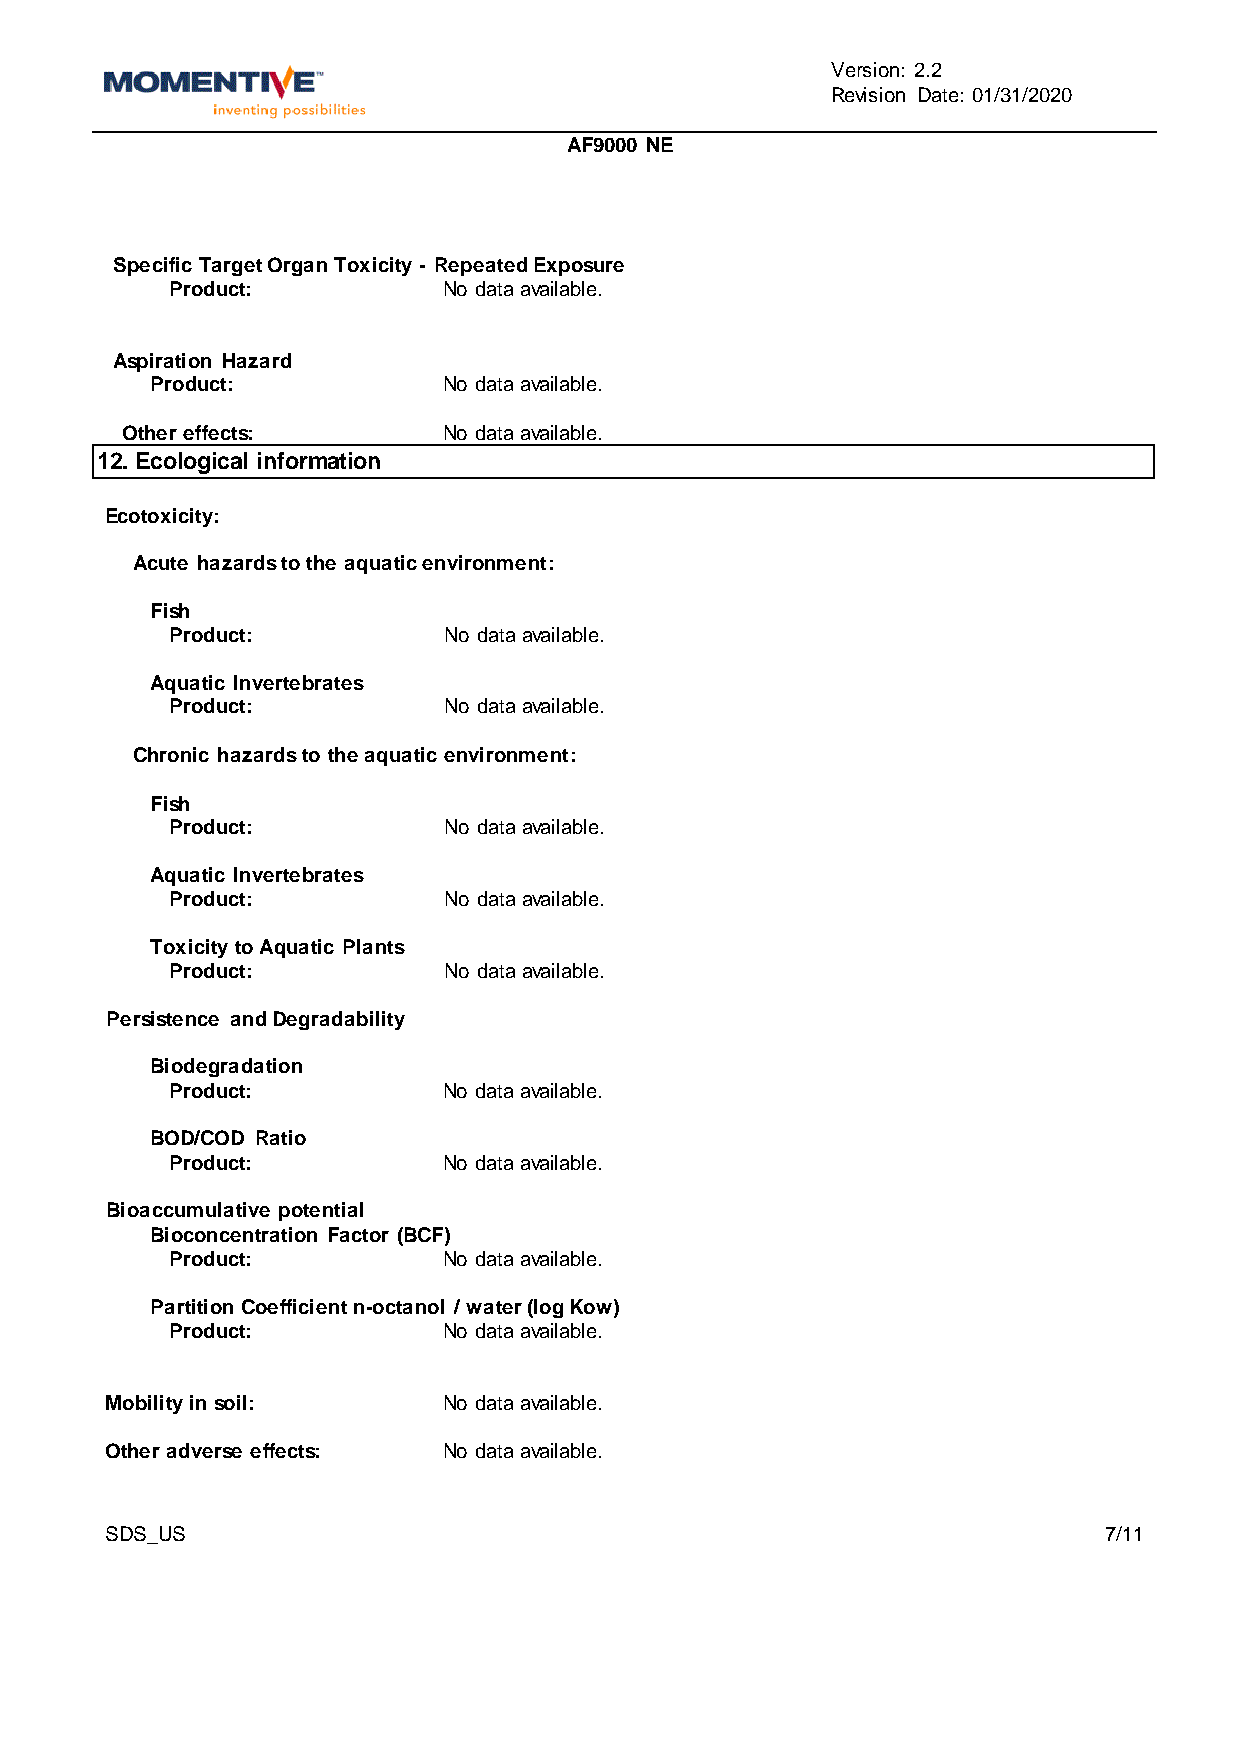
Version: 2.2
 Revision Date: 01/31/2020
 AF9000 NE
 Specific Target Organ Toxicity - Repeated Exposure
 Product:          No data available.
 Aspiration Hazard
 Product:           No data available.
 Other effects:       No data available.
 12. Ecological information
 Ecotoxicity:
 Acute hazards to the aquatic environment:
 Fish
 Product:          No data available.
 Aquatic Invertebrates
 Product:          No data available.
 Chronic hazards to the aquatic environment:
 Fish
 Product:          No data available.
 Aquatic Invertebrates
 Product:          No data available.
 Toxicity to Aquatic Plants
 Product:          No data available.
 Persistence and Degradability
 Biodegradation
 Product:          No data available.
 BOD/COD Ratio
 Product:          No data available.
 Bioaccumulative potential
 Bioconcentration Factor (BCF)
 Product:          No data available.
 Partition Coefficient n-octanol / water (log Kow)
 Product:          No data available.
 Mobility in soil:     No data available.
 Other adverse effects: No data available.
 SDS_US                                                            7/11